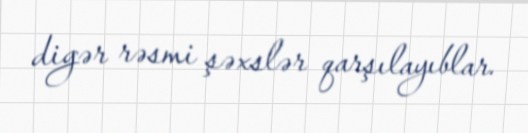
digər rəsmi şəxslər qarşılayıblar.